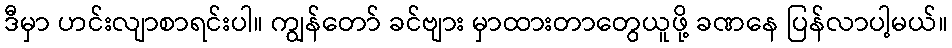
ဒီမှာ ဟင်းလျာစာရင်းပါ။ ကျွန်တော် ခင်ဗျား မှာထားတာတွေယူဖို့ ခဏနေ ပြန်လာပါ့မယ်။